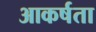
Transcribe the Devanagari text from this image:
आकर्षता